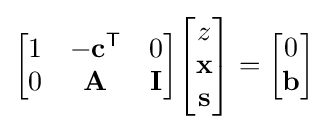
{\begin{bmatrix}1&-\mathbf {c} ^{\mathsf {T}}&0\\0&\mathbf {A} &\mathbf {I} \end{bmatrix}}{\begin{bmatrix}z\\\mathbf {x} \\\mathbf {s} \end{bmatrix}}={\begin{bmatrix}0\\\mathbf {b} \end{bmatrix}}